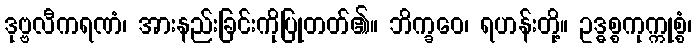
ဒုဗ္ဗလီကရဏံ၊ အားနည်းခြင်းကိုပြုတတ်၏။ ဘိက္ခဝေ၊ ရဟန်းတို့။ ဥဒ္ဓစ္စကုက္ကုစ္စံ၊